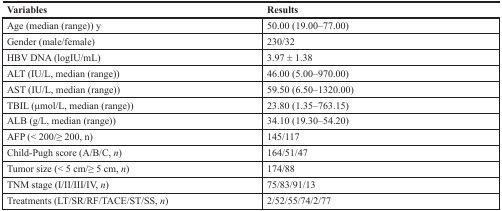
<table><thead><tr><td><b>Variables</b></td><td><b>Results</b></td></tr></thead><tbody><tr><td>Age (median (range)) y</td><td>50.00 (19.00–77.00)</td></tr><tr><td>Gender (male/female)</td><td>230/32</td></tr><tr><td>HBV DNA (logIU/mL)</td><td>3.97 ± 1.38</td></tr><tr><td>ALT (IU/L, median (range))</td><td>46.00 (5.00–970.00)</td></tr><tr><td>AST (IU/L, median (range))</td><td>59.50 (6.50–1320.00)</td></tr><tr><td>TBIL (μmol/L, median (range))</td><td>23.80 (1.35–763.15)</td></tr><tr><td>ALB (g/L, median (range))</td><td>34.10 (19.30–54.20)</td></tr><tr><td>AFP (&lt; 200/≥ 200, n)</td><td>145/117</td></tr><tr><td>Child-Pugh score (A/B/C, <i>n</i>)</td><td>164/51/47</td></tr><tr><td>Tumor size (&lt; 5 cm/≥ 5 cm, <i>n</i>)</td><td>174/88</td></tr><tr><td>TNM stage (I/II/III/IV, <i>n</i>)</td><td>75/83/91/13</td></tr><tr><td>Treatments (LT/SR/RF/TACE/ST/SS, <i>n</i>)</td><td>2/52/55/74/2/77</td></tr></tbody></table>